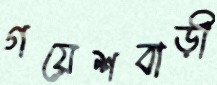
গয়েশবাড়ী